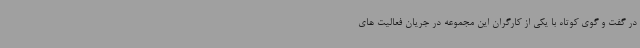
در گفت و گوی کوتاه با یکی از کارگران این مجموعه در جریان فعالیت های